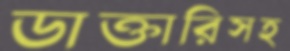
ডাক্তারিসহ